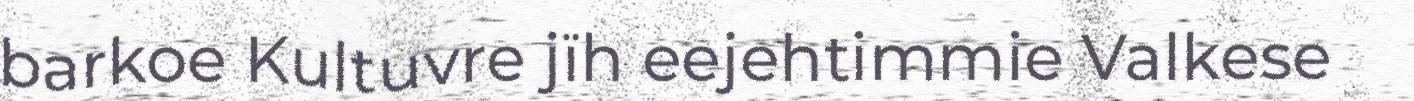
barkoe Kultuvre jïh eejehtimmie Valkese